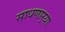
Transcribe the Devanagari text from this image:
साधणार्‍या